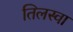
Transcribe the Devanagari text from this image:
तिलस्वा